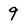
Character: 9